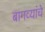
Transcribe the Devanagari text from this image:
बागव्यांचे